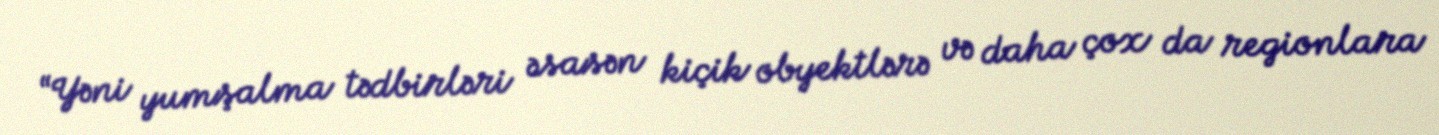
“Yəni yumşalma tədbirləri əsasən kiçik obyektlərə və daha çox da regionlara